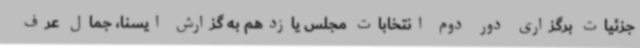
جزئیات برگزاری دور دوم انتخابات مجلس یازدهم به گزارش ایسنا، جمال عرف